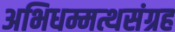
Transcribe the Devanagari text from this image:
अभिधम्मत्थसंग्रह